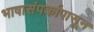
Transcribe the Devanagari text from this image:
भाषासंपर्कापासून